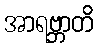
အာရဗ္ဘာတိ